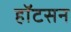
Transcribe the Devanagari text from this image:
हॉटसन